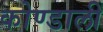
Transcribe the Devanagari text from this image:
कोण्डाली